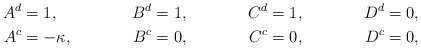
\begin{align*} A^d &= 1, & B^d &= 1, & C^d &= 1, & D^d &= 0, \\ A^c &= -\kappa, & B^c &= 0, & C^c &= 0, & D^c &= 0,\end{align*}